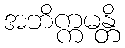
အဘိက္ကမန္တိ